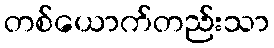
တစ်ယောက်တည်းသာ